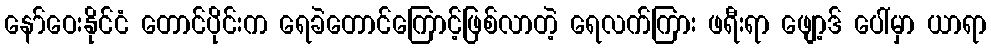
နော်ဝေးနိုင်ငံ တောင်ပိုင်းက ရေခဲတောင်ကြောင့်ဖြစ်လာတဲ့ ရေလက်ကြား ဖရီးရာ ဖျော့ဒ် ပေါ်မှာ ယာရာ